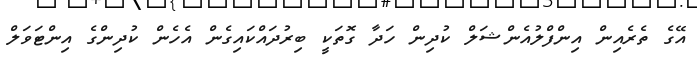
އޭގެ ތެރެއިން އިންފްލުއެންޝަލް ކުދިން ހަދާ ގޮތަކީ ބިރުދައްކައިގެން އެހެން ކުދިންގެ އިންޓަވަލް